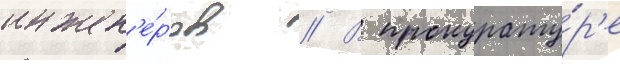
инжен'е́ров // В прокурату́р'е